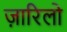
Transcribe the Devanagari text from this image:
ज़ारिलो